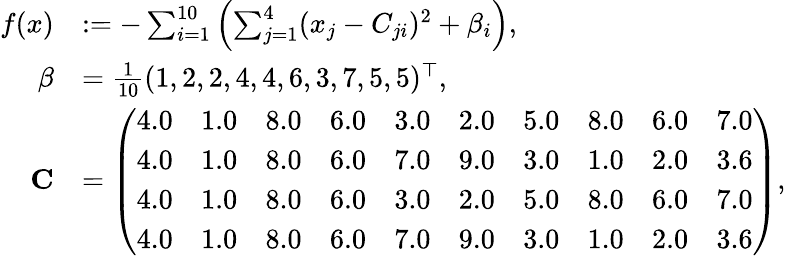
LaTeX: \begin{array}{rl}{f(x)}&{:=-\sum_{i=1}^{10}\left(\sum_{j=1}^{4}(x_{j}-C_{ji})^{2}+\beta_{i}\right),}\\ {\beta}&{=\frac{1}{10}(1,2,2,4,4,6,3,7,5,5)^{\top},}\\ {\textbf{C}}&{=\left(\begin{array}{llllllllll}{4.0}&{1.0}&{8.0}&{6.0}&{3.0}&{2.0}&{5.0}&{8.0}&{6.0}&{7.0}\\ {4.0}&{1.0}&{8.0}&{6.0}&{7.0}&{9.0}&{3.0}&{1.0}&{2.0}&{3.6}\\ {4.0}&{1.0}&{8.0}&{6.0}&{3.0}&{2.0}&{5.0}&{8.0}&{6.0}&{7.0}\\ {4.0}&{1.0}&{8.0}&{6.0}&{7.0}&{9.0}&{3.0}&{1.0}&{2.0}&{3.6}\end{array}\right),}\end{array}